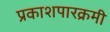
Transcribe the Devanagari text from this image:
प्रकाशपारक्रमी